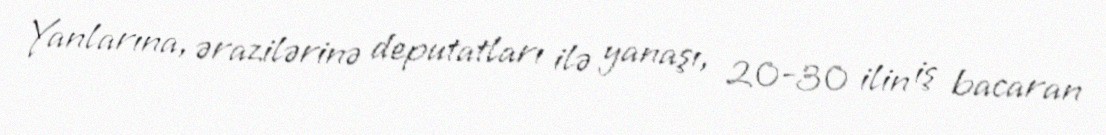
Yanlarına, ərazilərinə deputatları ilə yanaşı, 20-30 ilin iş bacaran